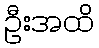
ဦးအထိ